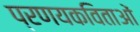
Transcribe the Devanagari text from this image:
प्रणयकविताओं